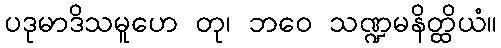
ပဒုမာဒိသမူဟေ တု၊ ဘဝေ သဏ္ဍမနိတ္ထိယံ။